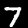
Label: 7